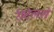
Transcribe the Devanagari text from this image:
रीटेलरों